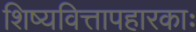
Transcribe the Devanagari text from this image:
शिष्यवित्तापहारकाः